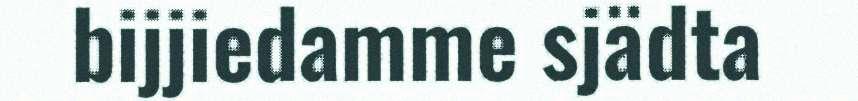
bijjiedamme sjädta